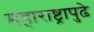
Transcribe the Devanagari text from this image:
महाराष्ट्रापुढे